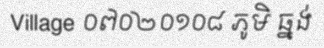
Village ០៧០២០១០៨ ភូមិ ធ្នង់